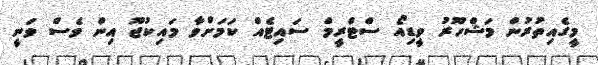
މީގެއިތުރުން މަޝްހޫރު ވީޑިއޯ ސްޓްރީމް ސައިޓެއް ކަމަށްވާ މައިކުޖޫ އިން ވެސް ވަނީ